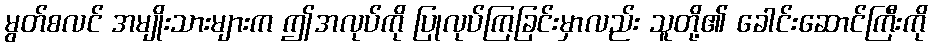
မွတ်စလင် အမျိုးသားများက ဤအလုပ်ကို ပြုလုပ်ကြခြင်းမှာလည်း သူတို့၏ ခေါင်းဆောင်ကြီးကို